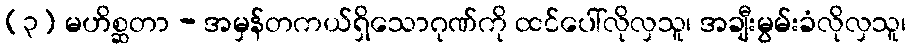
(၃) မဟိစ္ဆတာ - အမှန်တကယ်ရှိသောဂုဏ်ကို ထင်ပေါ်လိုလှသူ၊ အချီးမွမ်းခံလိုလှသူ၊